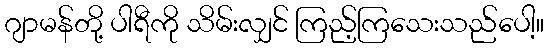
ဂျာမန်တို့ ပါရီကို သိမ်းလျှင် ကြည့်ကြသေးသည်ပေါ့။